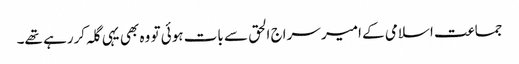
جماعت اسلامی کے امیر سراج الحق سے بات ہوئی تو وہ بھی یہی گلہ کررہے تھے۔